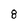
Character: 8